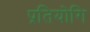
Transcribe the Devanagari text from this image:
प्रतियोगि